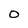
Character: 0